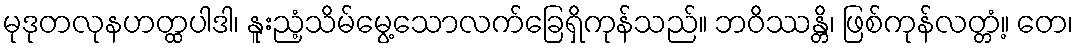
မုဒုတလုနဟတ္ထပါဒါ၊ နူးညံ့သိမ်မွေ့သောလက်ခြေရှိကုန်သည်။ ဘဝိဿန္တိ၊ ဖြစ်ကုန်လတ္တံ့။ တေ၊